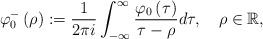
LaTeX: \begin{align*}\varphi_{0}^{-}\left( \rho\right) :=\frac{1}{2\pi i}\int_{-\infty}^{\infty}\frac{\varphi_{0}\left( \tau\right) }{\tau-\rho}d\tau,\quad\rho\in\mathbb{R}, \end{align*}